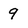
Character: 9